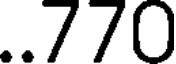
..770